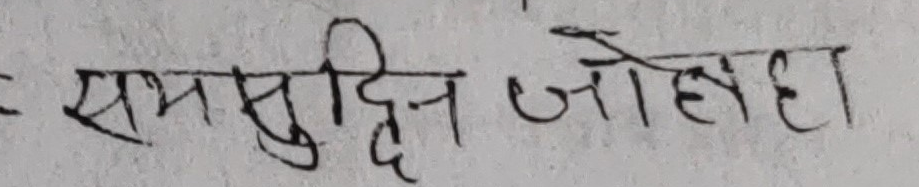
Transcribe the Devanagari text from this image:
समासुदिन जोहद्दा